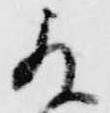
殿